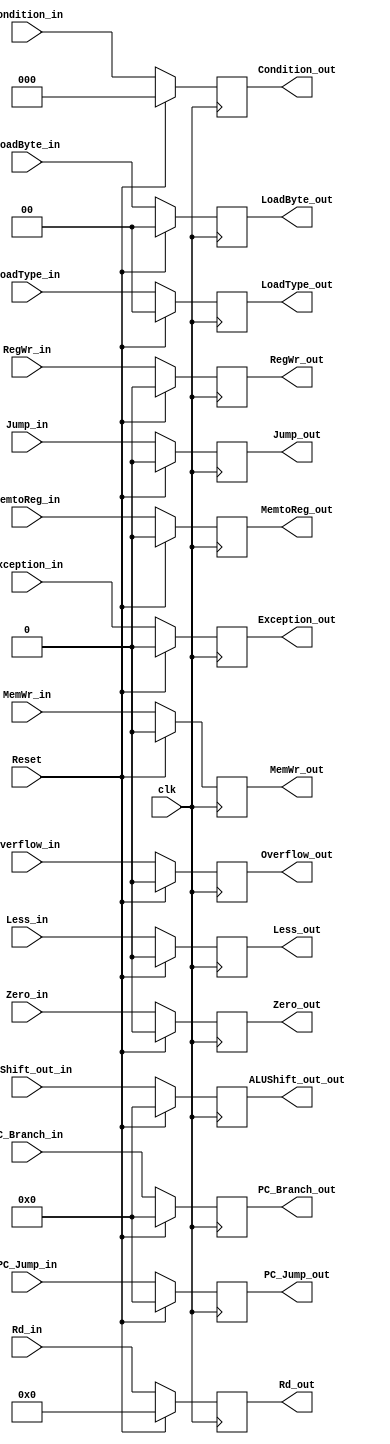
module Ex_Mem(
input clk,
input Reset,
input [31:0]PC_Branch_in,PC_Jump_in,ALUShift_out_in,
input Jump_in,
input Less_in,
input Zero_in,
input Overflow_in,
input [2:0]Condition_in,
input [1:0]LoadType_in,LoadByte_in,
input RegWr_in,MemWr_in,MemtoReg_in,Exception_in,
input [4:0]Rd_in,
output reg[31:0]PC_Branch_out,PC_Jump_out,ALUShift_out_out,
output reg Jump_out,
output reg Less_out,
output reg Zero_out,
output reg Overflow_out,
output reg[2:0]Condition_out,
output reg [1:0]LoadType_out,LoadByte_out,
output reg RegWr_out,MemWr_out,MemtoReg_out,Exception_out,
output reg [4:0]Rd_out
);
initial 
begin 
	PC_Branch_out=0;
	PC_Jump_out=0;
	ALUShift_out_out=0;
	Jump_out=0;
	Less_out=0;
	Zero_out=0;
	Overflow_out=0;
	Condition_out=0;
	LoadType_out=0;
	LoadByte_out=0;
	RegWr_out=0;
	MemWr_out=0;
	Rd_out=0;
	MemtoReg_out=0;
	Exception_out=0;
end 
always @(negedge clk)
begin 
if (Reset)
begin 
	PC_Branch_out<=0;
	PC_Jump_out<=0;
	ALUShift_out_out<=0;
	Jump_out<=0;
	Less_out<=0;
	Zero_out<=0;
	Overflow_out<=0;
	Condition_out<=0;
	LoadType_out<=0;
	LoadByte_out<=0;
	RegWr_out<=0;
	MemWr_out<=0;
	Rd_out<=0;
	MemtoReg_out<=0;
	Exception_out<=0;
end 
else 
begin 
	PC_Branch_out<=PC_Branch_in;
	PC_Jump_out<=PC_Jump_in;
	ALUShift_out_out<=ALUShift_out_in;
	Jump_out<=Jump_in;
	Less_out<=Less_in;
	Zero_out<=Zero_in;
	Overflow_out<=Overflow_in;
	Condition_out<=Condition_in;
	LoadType_out<=LoadType_in;
	LoadByte_out<=LoadByte_in;
	RegWr_out<=RegWr_in;
	MemWr_out<=MemWr_in;
	Rd_out<=Rd_in;
	MemtoReg_out<=MemtoReg_in;
	Exception_out<=Exception_in;
end 
end 

endmodule